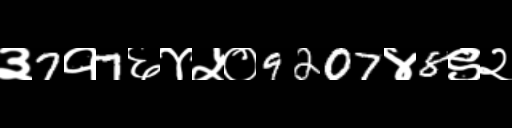
Text: ३7१7६४५०9207४8९२